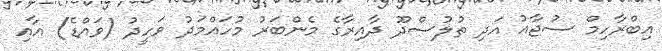
އިބްރާހިމް ސުޖާއު އަދި ތުލުސްދޫ ދާއިރާގެ މެންބަރު މުހައްމަދު ވަހީދު (ވައްޑެ) އާއި